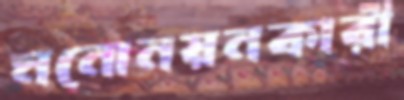
মনোনয়নকারী